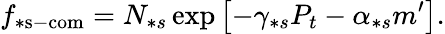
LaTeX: f_{\ast\mathrm{s-com}}=N_{\ast s}\exp\left[-\gamma_{\ast s}P_{t}-\alpha_{\ast s}m^{\prime}\right].